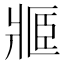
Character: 𤖋